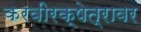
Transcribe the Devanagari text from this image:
करवीरक्षेत्रावर